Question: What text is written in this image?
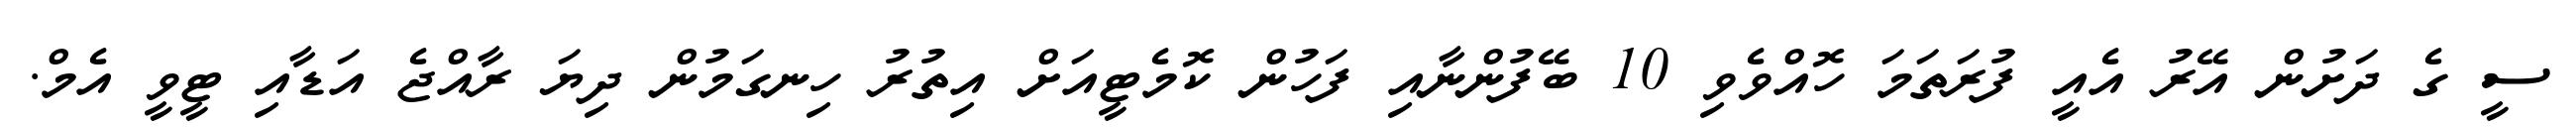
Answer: ސީ ގެ ދަށުން އޭރު އެއީ ފުރަތަމަ ހޮއްވެވި 10 ބޭފުންނާއި ފަހުން ކޮމެޓީއަށް އިތުރު ހިނގަމުން ދިޔަ ރާއްޖެ އަޑާއި ޓީވީ އެމް.